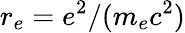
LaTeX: r_{e}=e^{2}/(m_{e}c^{2})